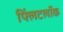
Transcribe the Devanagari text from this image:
फ्लिंटलॉक